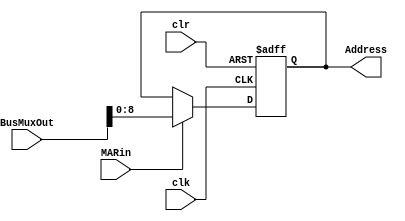
module MAR(input [31:0] BusMuxOut, input MARin, clk, clr, output reg [8:0] Address);
    always@(posedge clk or negedge clr)
    begin
        if(clr == 0) Address <= 0;
        else if(MARin) Address <= BusMuxOut[8:0];
    end
endmodule